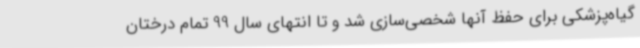
گیاه‌پزشکی برای حفظ آنها شخصی‌سازی شد و تا انتهای سال 99 تمام درختان